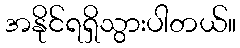
အနိုင်ရရှိသွားပါတယ်။